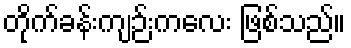
တိုက်ခန်းကျဉ်းကလေး ဖြစ်သည်။